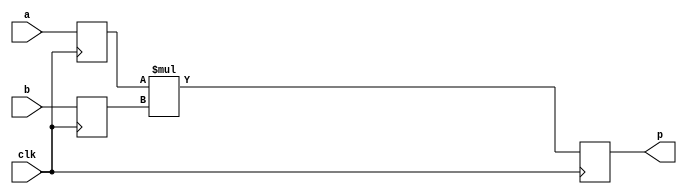
/** @module : gaussian_smul_16_18.v - Signed multiplier 16-bit x 18-bit, delay 2 cycles
 *  @author : Secure Trusted and Assured Microelectronics (STAM) Center

 *  Copyright (c) 2023 PQC.Secure (STAM/SCAI/ASU)
 *  Permission is hereby granted, free of charge, to any person obtaining a copy
 *  of this software and associated documentation files (the "Software"), to deal
 *  in the Software without restriction, including without limitation the rights
 *  to use, copy, modify, merge, publish, distribute, sublicense, and/or sell
 *  copies of the Software, and to permit persons to whom the Software is
 *  furnished to do so, subject to the following conditions:
 *  The above copyright notice and this permission notice shall be included in
 *  all copies or substantial portions of the Software.

 *  THE SOFTWARE IS PROVIDED "AS IS", WITHOUT WARRANTY OF ANY KIND, EXPRESS OR
 *  IMPLIED, INCLUDING BUT NOT LIMITED TO THE WARRANTIES OF MERCHANTABILITY,
 *  FITNESS FOR A PARTICULAR PURPOSE AND NONINFRINGEMENT. IN NO EVENT SHALL THE
 *  AUTHORS OR COPYRIGHT HOLDERS BE LIABLE FOR ANY CLAIM, DAMAGES OR OTHER
 *  LIABILITY, WHETHER IN AN ACTION OF CONTRACT, TORT OR OTHERWISE, ARISING FROM,
 *  OUT OF OR IN CONNECTION WITH THE SOFTWARE OR THE USE OR OTHER DEALINGS IN
 *  THE SOFTWARE.
 */

`timescale 1 ns / 1 ps


module gaussian_smul_16_18 (
    // System signals
    input clk,                  // system clock

    // Data interface
    input [15:0] a,             // multiplicand
    input [17:0] b,             // multiplicator
    output [33:0] p             // result
);

// Behavioral model
reg signed [15:0] a_reg;
reg signed [17:0] b_reg;
reg signed [33:0] prod;

always @ (posedge clk) begin
    a_reg <= a;
    b_reg <= b;
end

always @ (posedge clk) begin
    prod <= a_reg * b_reg;
end

assign p = prod;


endmodule